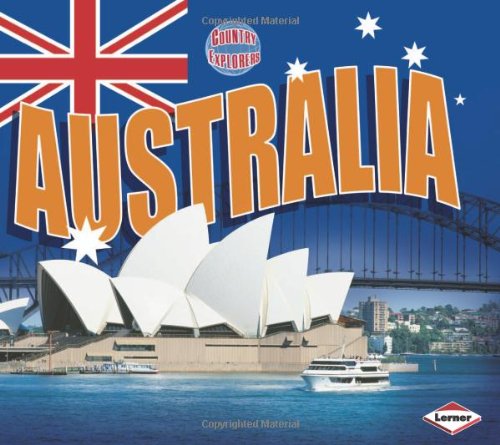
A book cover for Australia (Country Explorers); Sean McCollum; Children's Books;